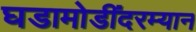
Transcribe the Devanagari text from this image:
घडामोडींदरम्यान